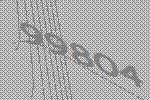
99804